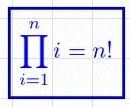
\prod_{i=1}^{n}i=n!